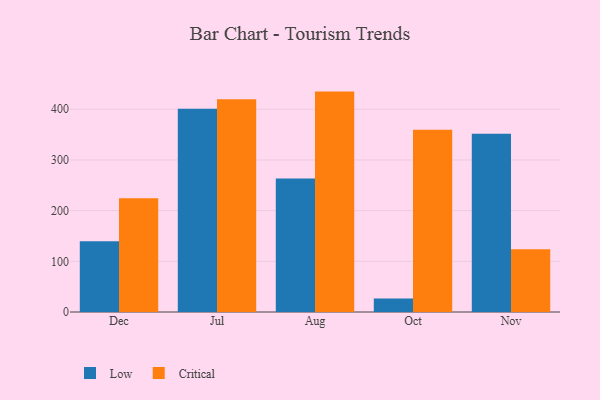
{"axis": {"x": "Month", "y": "Demand Index"}, "legend": ["Critical", "Low"], "data": [{"x": "Dec", "y": 139.8, "type": "Low"}, {"x": "Dec", "y": 224.3, "type": "Critical"}, {"x": "Jul", "y": 401.0, "type": "Low"}, {"x": "Jul", "y": 419.9, "type": "Critical"}, {"x": "Aug", "y": 263.6, "type": "Low"}, {"x": "Aug", "y": 434.9, "type": "Critical"}, {"x": "Oct", "y": 26.7, "type": "Low"}, {"x": "Oct", "y": 359.5, "type": "Critical"}, {"x": "Nov", "y": 351.5, "type": "Low"}, {"x": "Nov", "y": 123.9, "type": "Critical"}]}